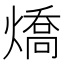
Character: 燆